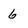
Character: 6